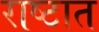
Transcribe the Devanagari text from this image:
राष्टात